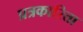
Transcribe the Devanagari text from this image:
प्रत्रकारिता